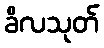
ခိလသုတ်